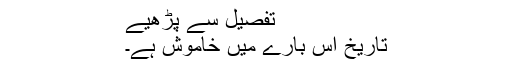
تفصیل سے پڑھیے
تاریخ اس بارے میں خاموش ہے۔